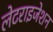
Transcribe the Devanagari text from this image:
लेटराइजेशन